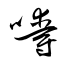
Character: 嚼